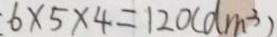
6 \times 5 \times 4 = 1 2 0 ( d m ^ { 3 } )